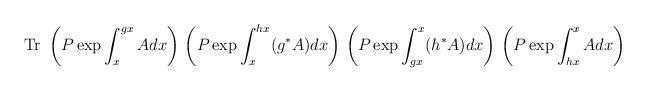
LaTeX: \begin{align*}\mbox{Tr }\left( P \exp \int_x^{gx} A dx \right) \,\left( P \exp \int_{x}^{hx} (g^* A) dx \right) \,\left( P \exp \int_{gx}^{x} (h^* A) dx \right) \,\left( P \exp \int_{hx}^x A dx \right)\end{align*}